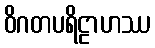
ဝိဂတပရိဠာဟဿ